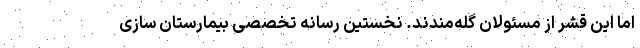
اما این قشر از مسئولان گله‌مندند. نخستین رسانه تخصصی بیمارستان سازی